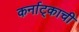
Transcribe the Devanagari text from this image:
कर्नाट्काची